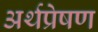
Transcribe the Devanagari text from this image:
अर्थप्रेषण